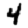
Digit: 4